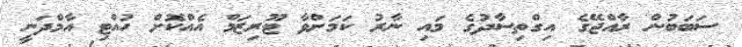
ސަބަބުން ރާއްޖޭގެ އިގްތިސާދުގެ މައި ނާރު ކަމަށްވާ ޓޫރިޒަމް އެއްކޮށް ހުއްޓި އާމްދަނީ